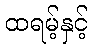
ထရမ့်နှင့်